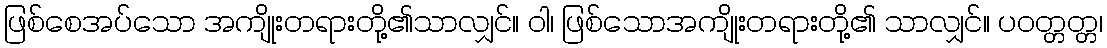
ဖြစ်စေအပ်သော အကျိုးတရားတို့၏သာလျှင်။ ဝါ၊ ဖြစ်သောအကျိုးတရားတို့၏ သာလျှင်။ ပဝတ္တတ္တ၊